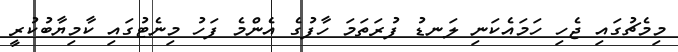
މިމެޗުގައި ޖެހި ހަމައެކަނި ލަނޑު ފުރަތަމަ ހާފުގެ އެންމެ ފަހު މިނެޓުގައި ކާމިޔާބުކުރީ